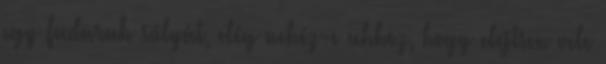
egy fadarab súlyát, elég nehéz-e ahhoz, hogy elejtsen vele